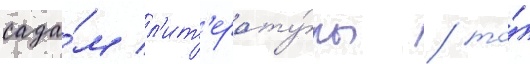
сада́м л'ит'ерату́ры / то́